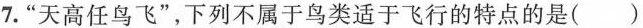
7.”天高任鸟飞”，下列不属于鸟类适于飞行的特点的是()